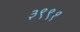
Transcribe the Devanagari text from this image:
३९९१